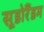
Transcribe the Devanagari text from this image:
सूडोरैंडम